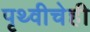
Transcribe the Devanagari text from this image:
पृथ्वीचेही